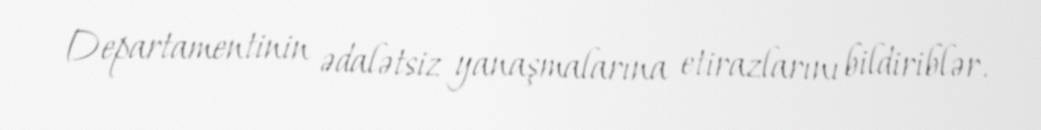
Departamentinin ədalətsiz yanaşmalarına etirazlarını bildiriblər.